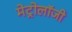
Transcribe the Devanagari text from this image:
मेट्रोलॉजी